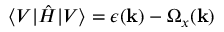
\langle V | \hat { H } | V \rangle = \epsilon ( \mathbf { k } ) - \Omega _ { x } ( \mathbf { k } )